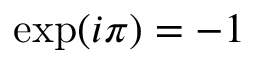
\exp ( i \pi ) = - 1